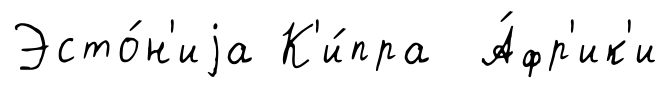
Эсто́н'иjа К'и́пра А́фр'ик'и